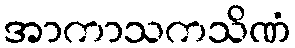
အာကာသကသိဏံ